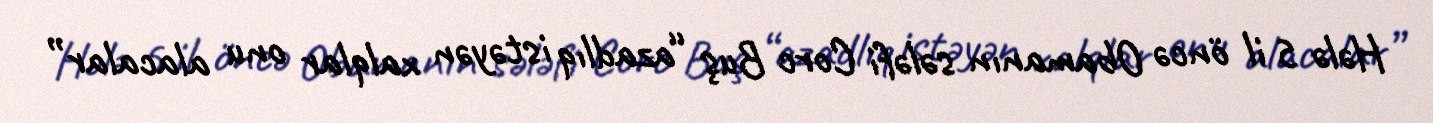
Hələ 5 il öncə Obamanın sələfi Corc Buş “azadlıq istəyən xalqlar onu alacalar”